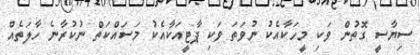
ސިޔާސީ ގޮތުން ވަކި މީހަކާއެކު ނުވަތަ ވަކި ޕާޓީއަކާއެކު މަސައްކަތް ނުކުރާނެ ހާލަތެއް